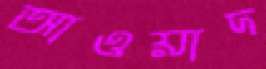
আওয়াদ